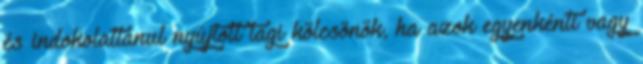
és indokolatlanul nyújtott tagi kölcsönök, ha azok egyenkénti vagy